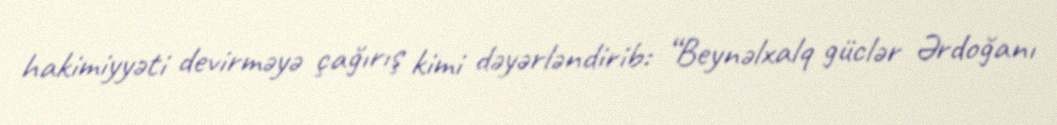
hakimiyyəti devirməyə çağırış kimi dəyərləndirib: “Beynəlxalq güclər Ərdoğanı